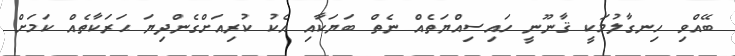
ބޭއްވި ހިނގާލުމަކީ ޤާނޫނީ ހައިސިއްޔަތެއް ނެތް ބަޔަކާއި އެކު ކުރިއަށްގެންދިޔަ ޙަރަކާތެއް ކަމަށް